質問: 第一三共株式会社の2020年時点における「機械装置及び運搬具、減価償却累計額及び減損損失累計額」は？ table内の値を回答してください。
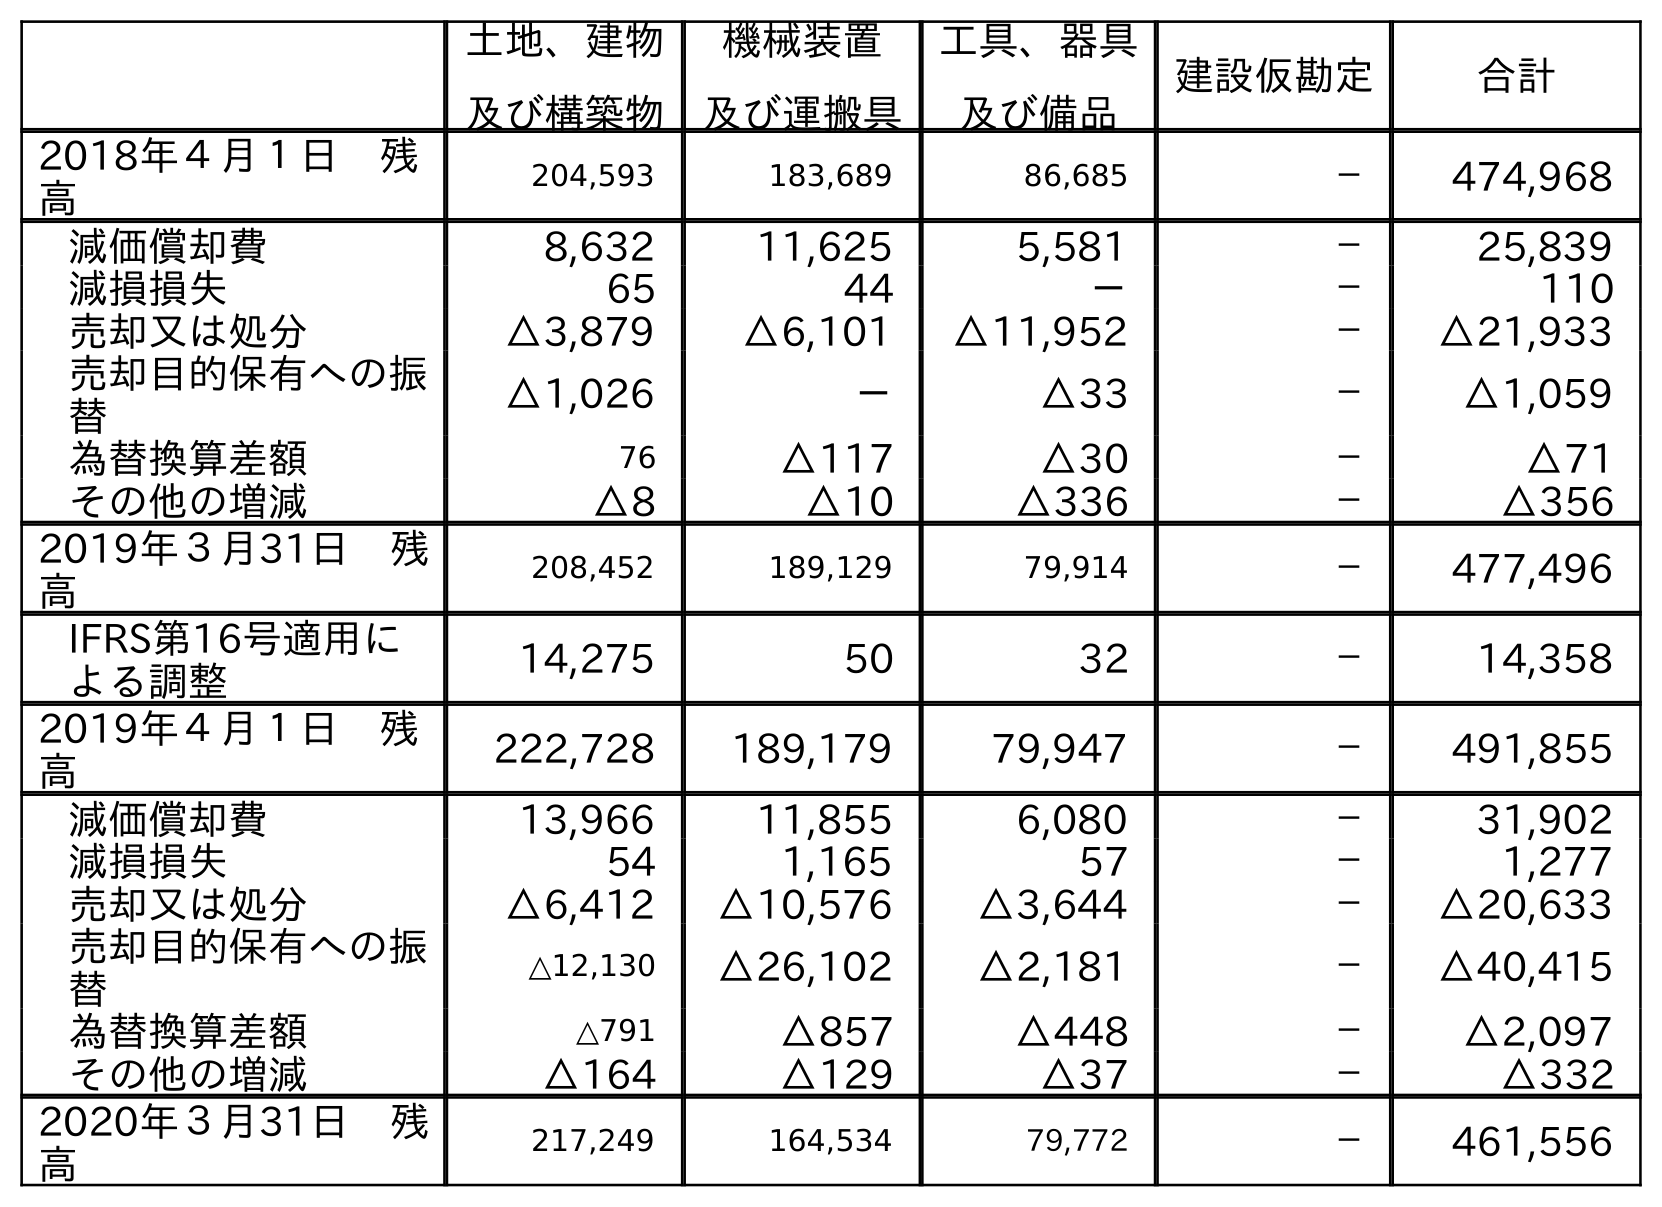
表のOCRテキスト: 土地、建物 及び構築物 機械装置 及び運搬具 工具、器具 及び備品 建設仮勘定 合計 2018年４月１日 残 高 204,593 183,689 86,685 － 474,968 減価償却費 8,632 11,625 5,581 － 25,839 減損損失 65 44 － － 110 売却又は処分 △3,879 △6,101 △11,952 － △21,933 売却目的保有への振 替 △1,026 － △33 － △1,059 為替換算差額 76 △117 △30 － △71 その他の増減 △8 △10 △336 － △356 2019年３月31日 残 高 208,452 189,129 79,914 － 477,496 IFRS第16号適用に よる調整 14,275 50 32 － 14,358 2019年４月１日 残 高 222,728 189,179 79,947 － 491,855 減価償却費 13,966 11,855 6,080 － 31,902 減損損失 54 1,165 57 － 1,277 売却又は処分 △6,412 △10,576 △3,644 － △20,633 売却目的保有への振 替 △12,130 △26,102 △2,181 － △40,415 為替換算差額 △791 △857 △448 － △2,097 その他の増減 △164 △129 △37 － △332 2020年３月31日 残 高 217,249 164,534 79,772 － 461,556
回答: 164,534